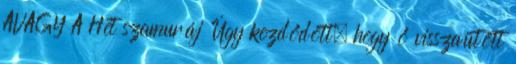
AVAGY A Hét szamuráj Úgy kezdődött, hogy ő visszaütött